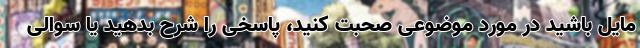
مایل باشید در مورد موضوعی صحبت کنید، پاسخی را شرح بدهید یا سوالی